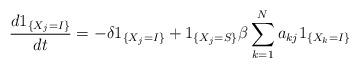
LaTeX: \begin{align*}\frac{d1_{\left\{ X_{j}=I\right\} }}{dt}=-\delta1_{\left\{ X_{j}=I\right\}}+1_{\left\{ X_{j}=S\right\} }\beta\sum_{k=1}^{N}a_{kj}1_{\left\{X_{k}=I\right\} } \end{align*}